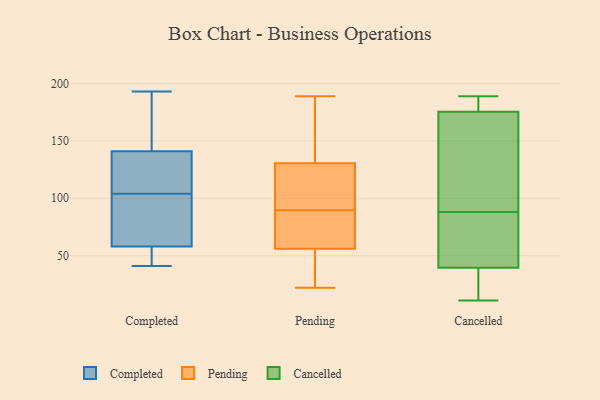
{"axis": {"x": "Website Visitors", "y": "Value"}, "legend": ["Cancelled", "Completed", "Pending"], "data": [{"x": "", "y": 135, "type": "Completed"}, {"x": "", "y": 57, "type": "Completed"}, {"x": "", "y": 181, "type": "Completed"}, {"x": "", "y": 88, "type": "Completed"}, {"x": "", "y": 54, "type": "Completed"}, {"x": "", "y": 61, "type": "Completed"}, {"x": "", "y": 41, "type": "Completed"}, {"x": "", "y": 134, "type": "Completed"}, {"x": "", "y": 104, "type": "Completed"}, {"x": "", "y": 143, "type": "Completed"}, {"x": "", "y": 193, "type": "Completed"}, {"x": "", "y": 189, "type": "Pending"}, {"x": "", "y": 146, "type": "Pending"}, {"x": "", "y": 60, "type": "Pending"}, {"x": "", "y": 36, "type": "Pending"}, {"x": "", "y": 112, "type": "Pending"}, {"x": "", "y": 109, "type": "Pending"}, {"x": "", "y": 151, "type": "Pending"}, {"x": "", "y": 70, "type": "Pending"}, {"x": "", "y": 115, "type": "Pending"}, {"x": "", "y": 55, "type": "Pending"}, {"x": "", "y": 57, "type": "Pending"}, {"x": "", "y": 22, "type": "Pending"}, {"x": "", "y": 16, "type": "Cancelled"}, {"x": "", "y": 80, "type": "Cancelled"}, {"x": "", "y": 181, "type": "Cancelled"}, {"x": "", "y": 80, "type": "Cancelled"}, {"x": "", "y": 41, "type": "Cancelled"}, {"x": "", "y": 98, "type": "Cancelled"}, {"x": "", "y": 178, "type": "Cancelled"}, {"x": "", "y": 105, "type": "Cancelled"}, {"x": "", "y": 38, "type": "Cancelled"}, {"x": "", "y": 174, "type": "Cancelled"}, {"x": "", "y": 11, "type": "Cancelled"}, {"x": "", "y": 11, "type": "Cancelled"}, {"x": "", "y": 177, "type": "Cancelled"}, {"x": "", "y": 72, "type": "Cancelled"}, {"x": "", "y": 96, "type": "Cancelled"}, {"x": "", "y": 189, "type": "Cancelled"}]}